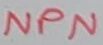
Text: NPN